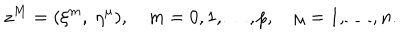
z ^ { M } = ( \xi ^ { m } , ~ \eta ^ { \mu } ) , \quad m = 0 , 1 , \dots , p , \quad \mu = 1 , \dots , n .